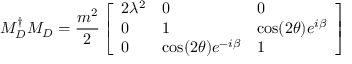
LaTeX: M _ { D } ^ { \dagger } M _ { D } = \frac { m ^ { 2 } } 2 \left[ \begin{array} { l l l } { { 2 \lambda ^ { 2 } } } & { { 0 } } & { { 0 } } \\ { { 0 } } & { { 1 } } & { { \cos ( 2 \theta ) e ^ { i \beta } } } \\ { { 0 } } & { { \cos ( 2 \theta ) e ^ { - i \beta } } } & { { 1 } } \end{array} \right]